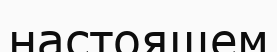
настоящем